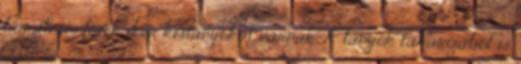
barátnőm fiáék iker kislányokat várnak. A lányok takarójából is